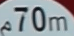
70m